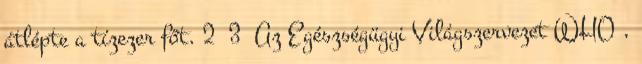
átlépte a tízezer főt. 2 3 Az Egészségügyi Világszervezet WHO ,